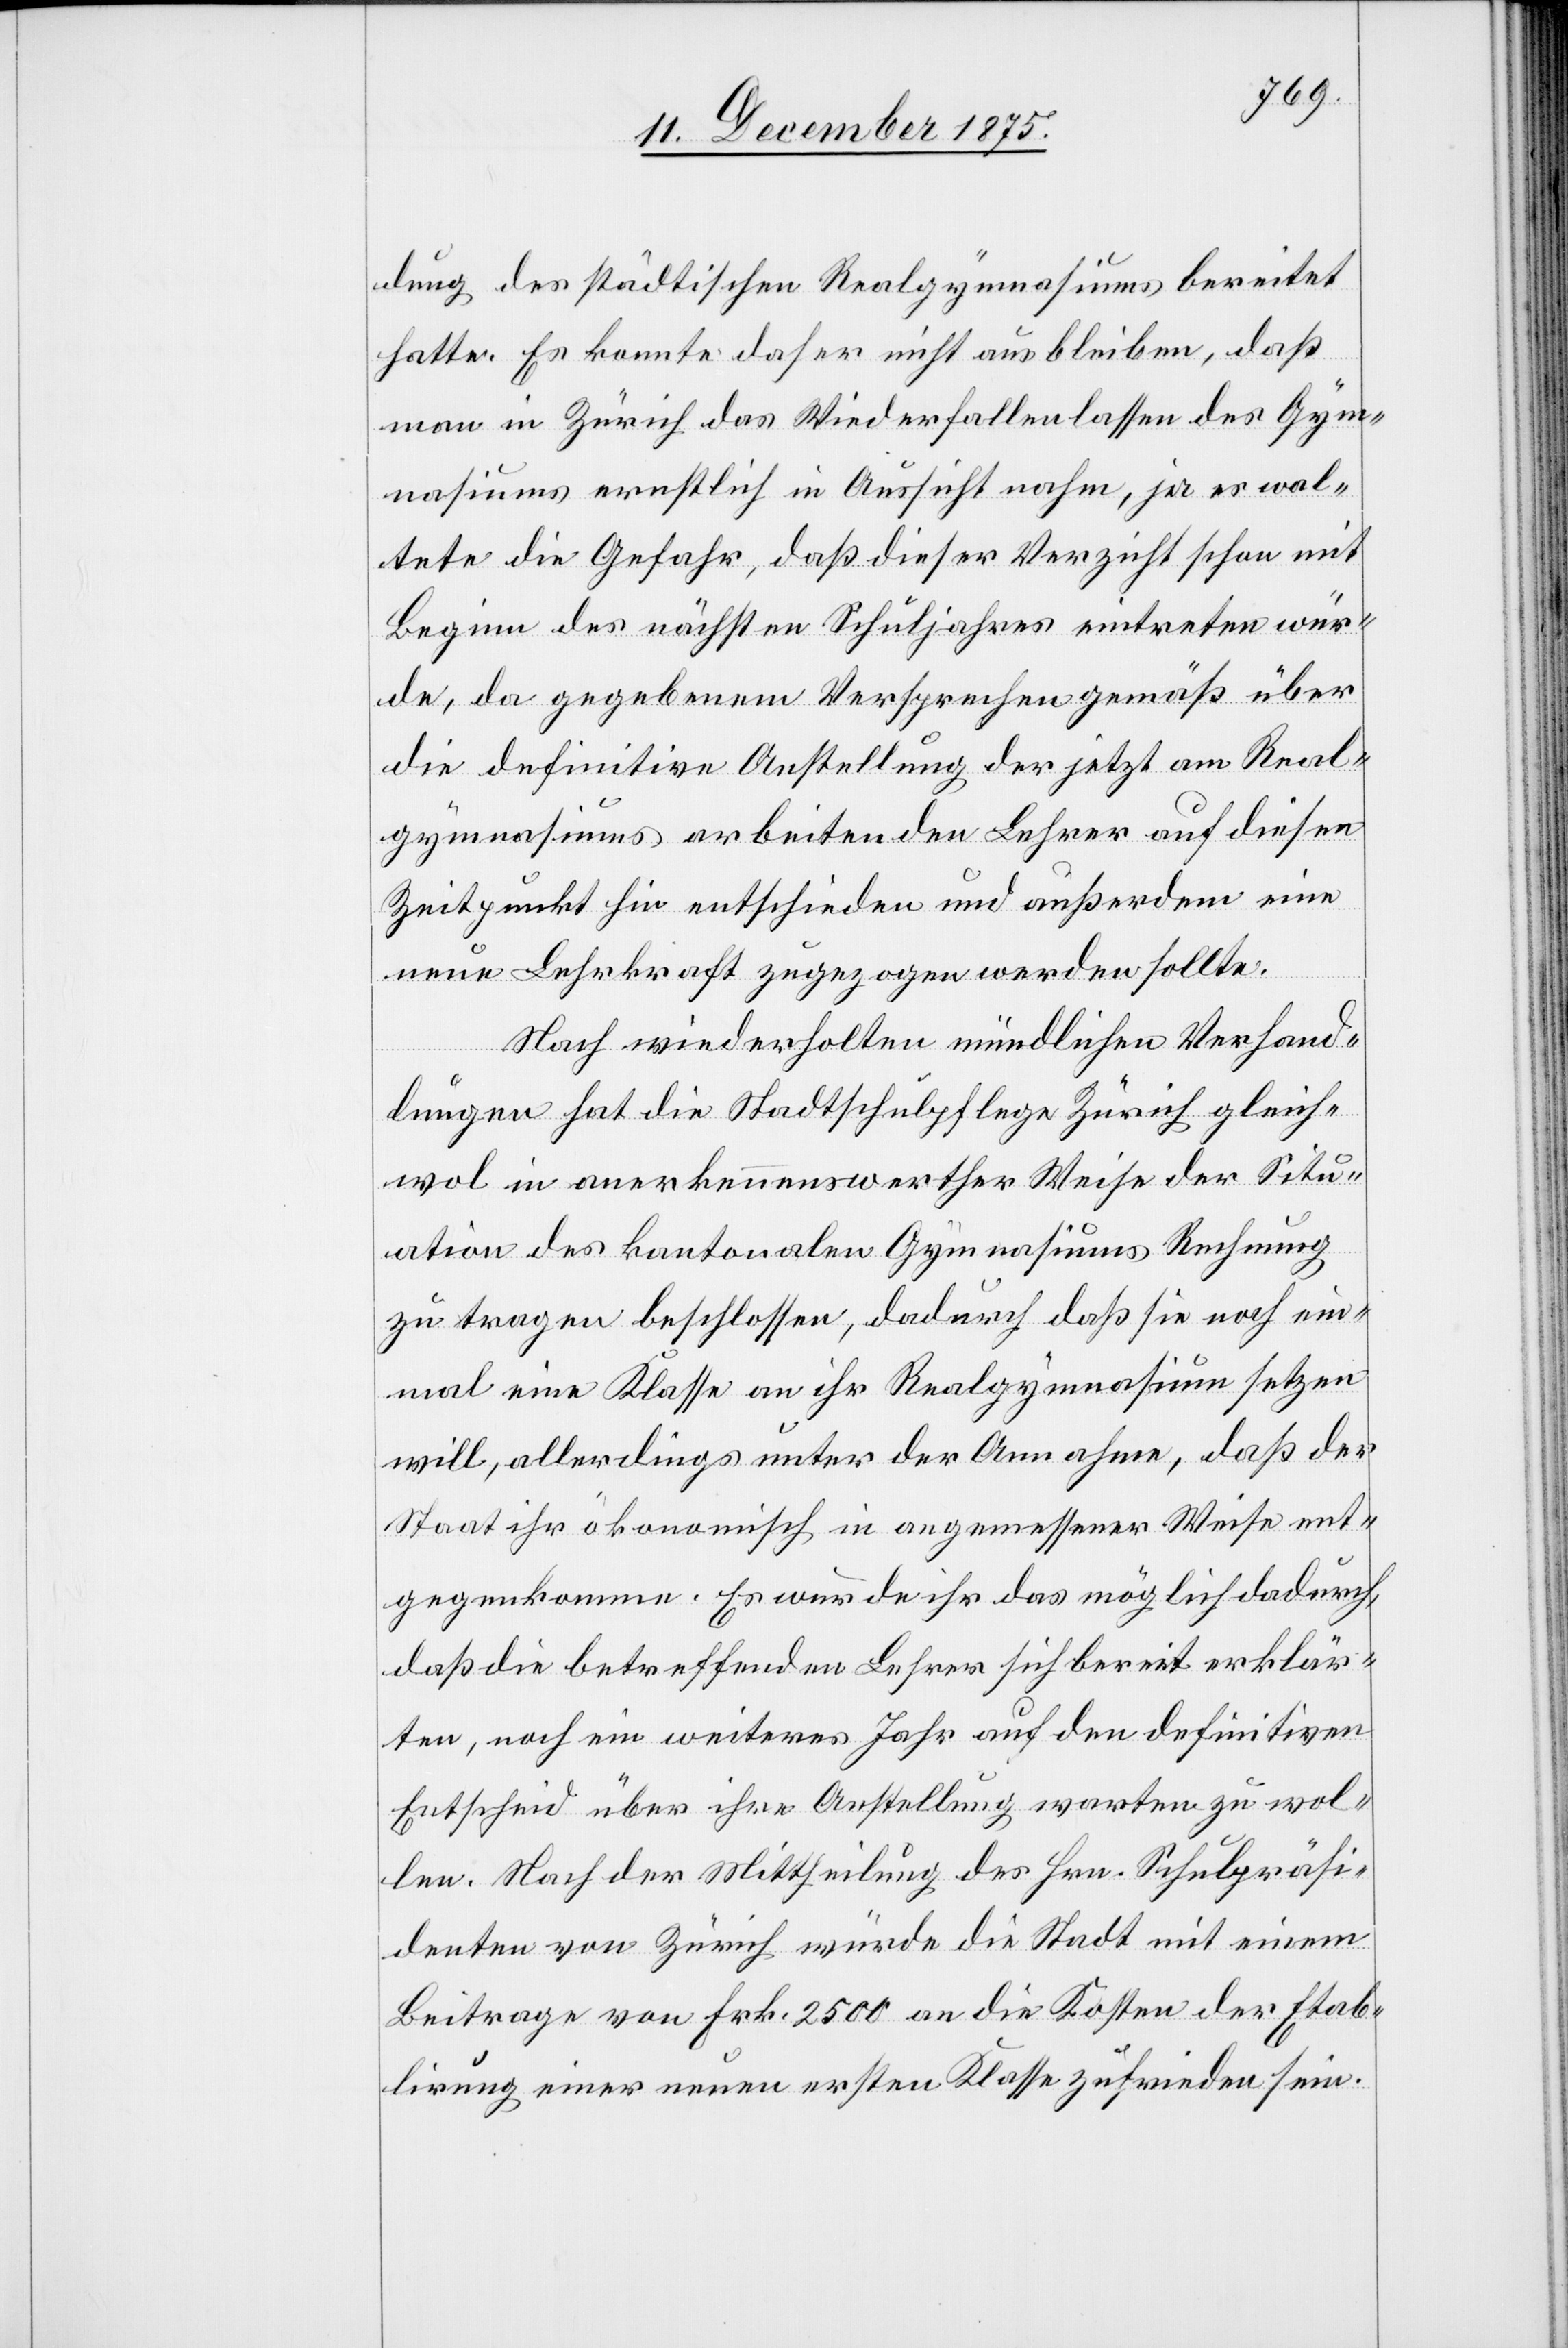
ung des städtischen Realgymnasiums bereitet
hatte. Es konnte daher nicht ausbleiben, daß
man in Zürich das Wiederfallenlassen des Gym¬
nasiums ernstlich in Aussicht nahm, ja es wal¬
tete die Gefahr, daß dieser Verzicht schon mit
Beginn des nächsten Schuljahres eintreten wür¬
de, da gegebenem Versprechen gemäß über
die definitive Anstellung der jetzt am Real¬
gymnasium arbeitenden Lehrer auf diesen
Zeitpunkt hin entschieden und außerdem eine
neue Lehrkraft zugezogen werden sollte.
Nach wiederholten mündlichen Verhand¬
lungen hat die Stadtschulpflege Zürich gleich¬
wol in anerkennenswerther Weise der Situ¬
ation des kantonalen Gymnasiums Rechnung
zu tragen beschlossen, dadurch daß sie noch ein¬
mal eine Klasse an ihr Realgymnasium setzen
will, allerdings unter der Annahme, daß der
Staat ihr ökonomisch in angemessener Weise ent¬
gegenkomme. Es wurde ihr das möglich dadurch,
daß die betreffenden Lehrer sich bereit erklär¬
ten, noch ein weiteres Jahr auf den definitiven
Entscheid über ihre Anstellung warten zu wol¬
len. Nach der Mittheilung des Hrn. Schulpräsi¬
denten von Zürich würde die Stadt mit einem
Beitrage von Frk. 2500 an die Kosten der Etab¬
lirung einer neuen ersten Klasse zufrieden sein.